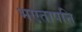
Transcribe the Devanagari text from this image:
भएतापनि